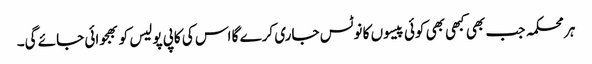
ہر محکمہ جب بھی کبھی بھی کوئی پیسوں کا نوٹس جاری کرے گا اس کی کاپی پولیس کو بھجوائی جائے گی۔